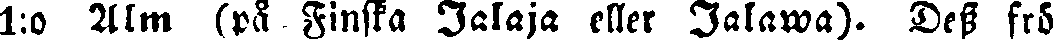
1:o Alm (på Finska Jalaja eller Jalawa). Dess frö